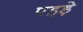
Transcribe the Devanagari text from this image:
पहड़े